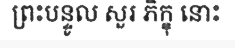
ព្រះបន្ទូល សួរ ភិក្ខុ នោះ